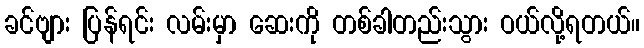
ခင်ဗျား ပြန်ရင်း လမ်းမှာ ဆေးကို တစ်ခါတည်းသွား ဝယ်လို့ရတယ်။